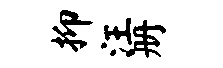
抑汪册